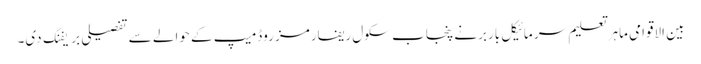
بین الاقوامی ماہر تعلیم سر مائیکل باربرنے پنجاب سکول ریفارمز روڈمیپ کے حوالے سے تفصیلی بریفنگ دی۔